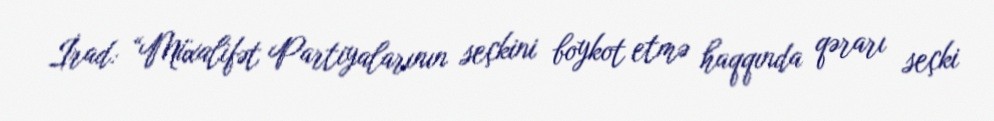
İrad: “Müxalifət Partiyalarının seçkini boykot etmə haqqında qərarı seçki